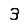
Digit: 3